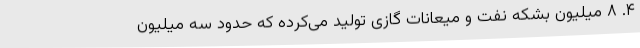
۴. ۸ میلیون بشکه نفت و میعانات گازی تولید می‌کرده که حدود سه میلیون